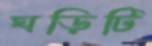
ঘড়িটি